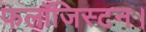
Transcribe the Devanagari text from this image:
फलॉजिस्टन।